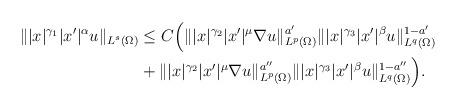
LaTeX: \begin{align*} \||x|^{\gamma_1}|x'|^{\alpha}u\|_{L^s(\Omega)} & \le C\Big(\||x|^{\gamma_2}|x'|^{\mu}\nabla u\|_{L^p(\Omega)}^{a'}\||x|^{\gamma_3}|x'|^{\beta}u\|_{L^q(\Omega)}^{1-a'}\\ & +\||x|^{\gamma_2}|x'|^{\mu}\nabla u\|_{L^p(\Omega)}^{a''}\||x|^{\gamma_3}|x'|^{\beta}u\|_{L^q(\Omega)}^{1-a''}\Big). \end{align*}